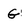
Character: G